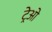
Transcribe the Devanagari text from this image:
ट्रेओ